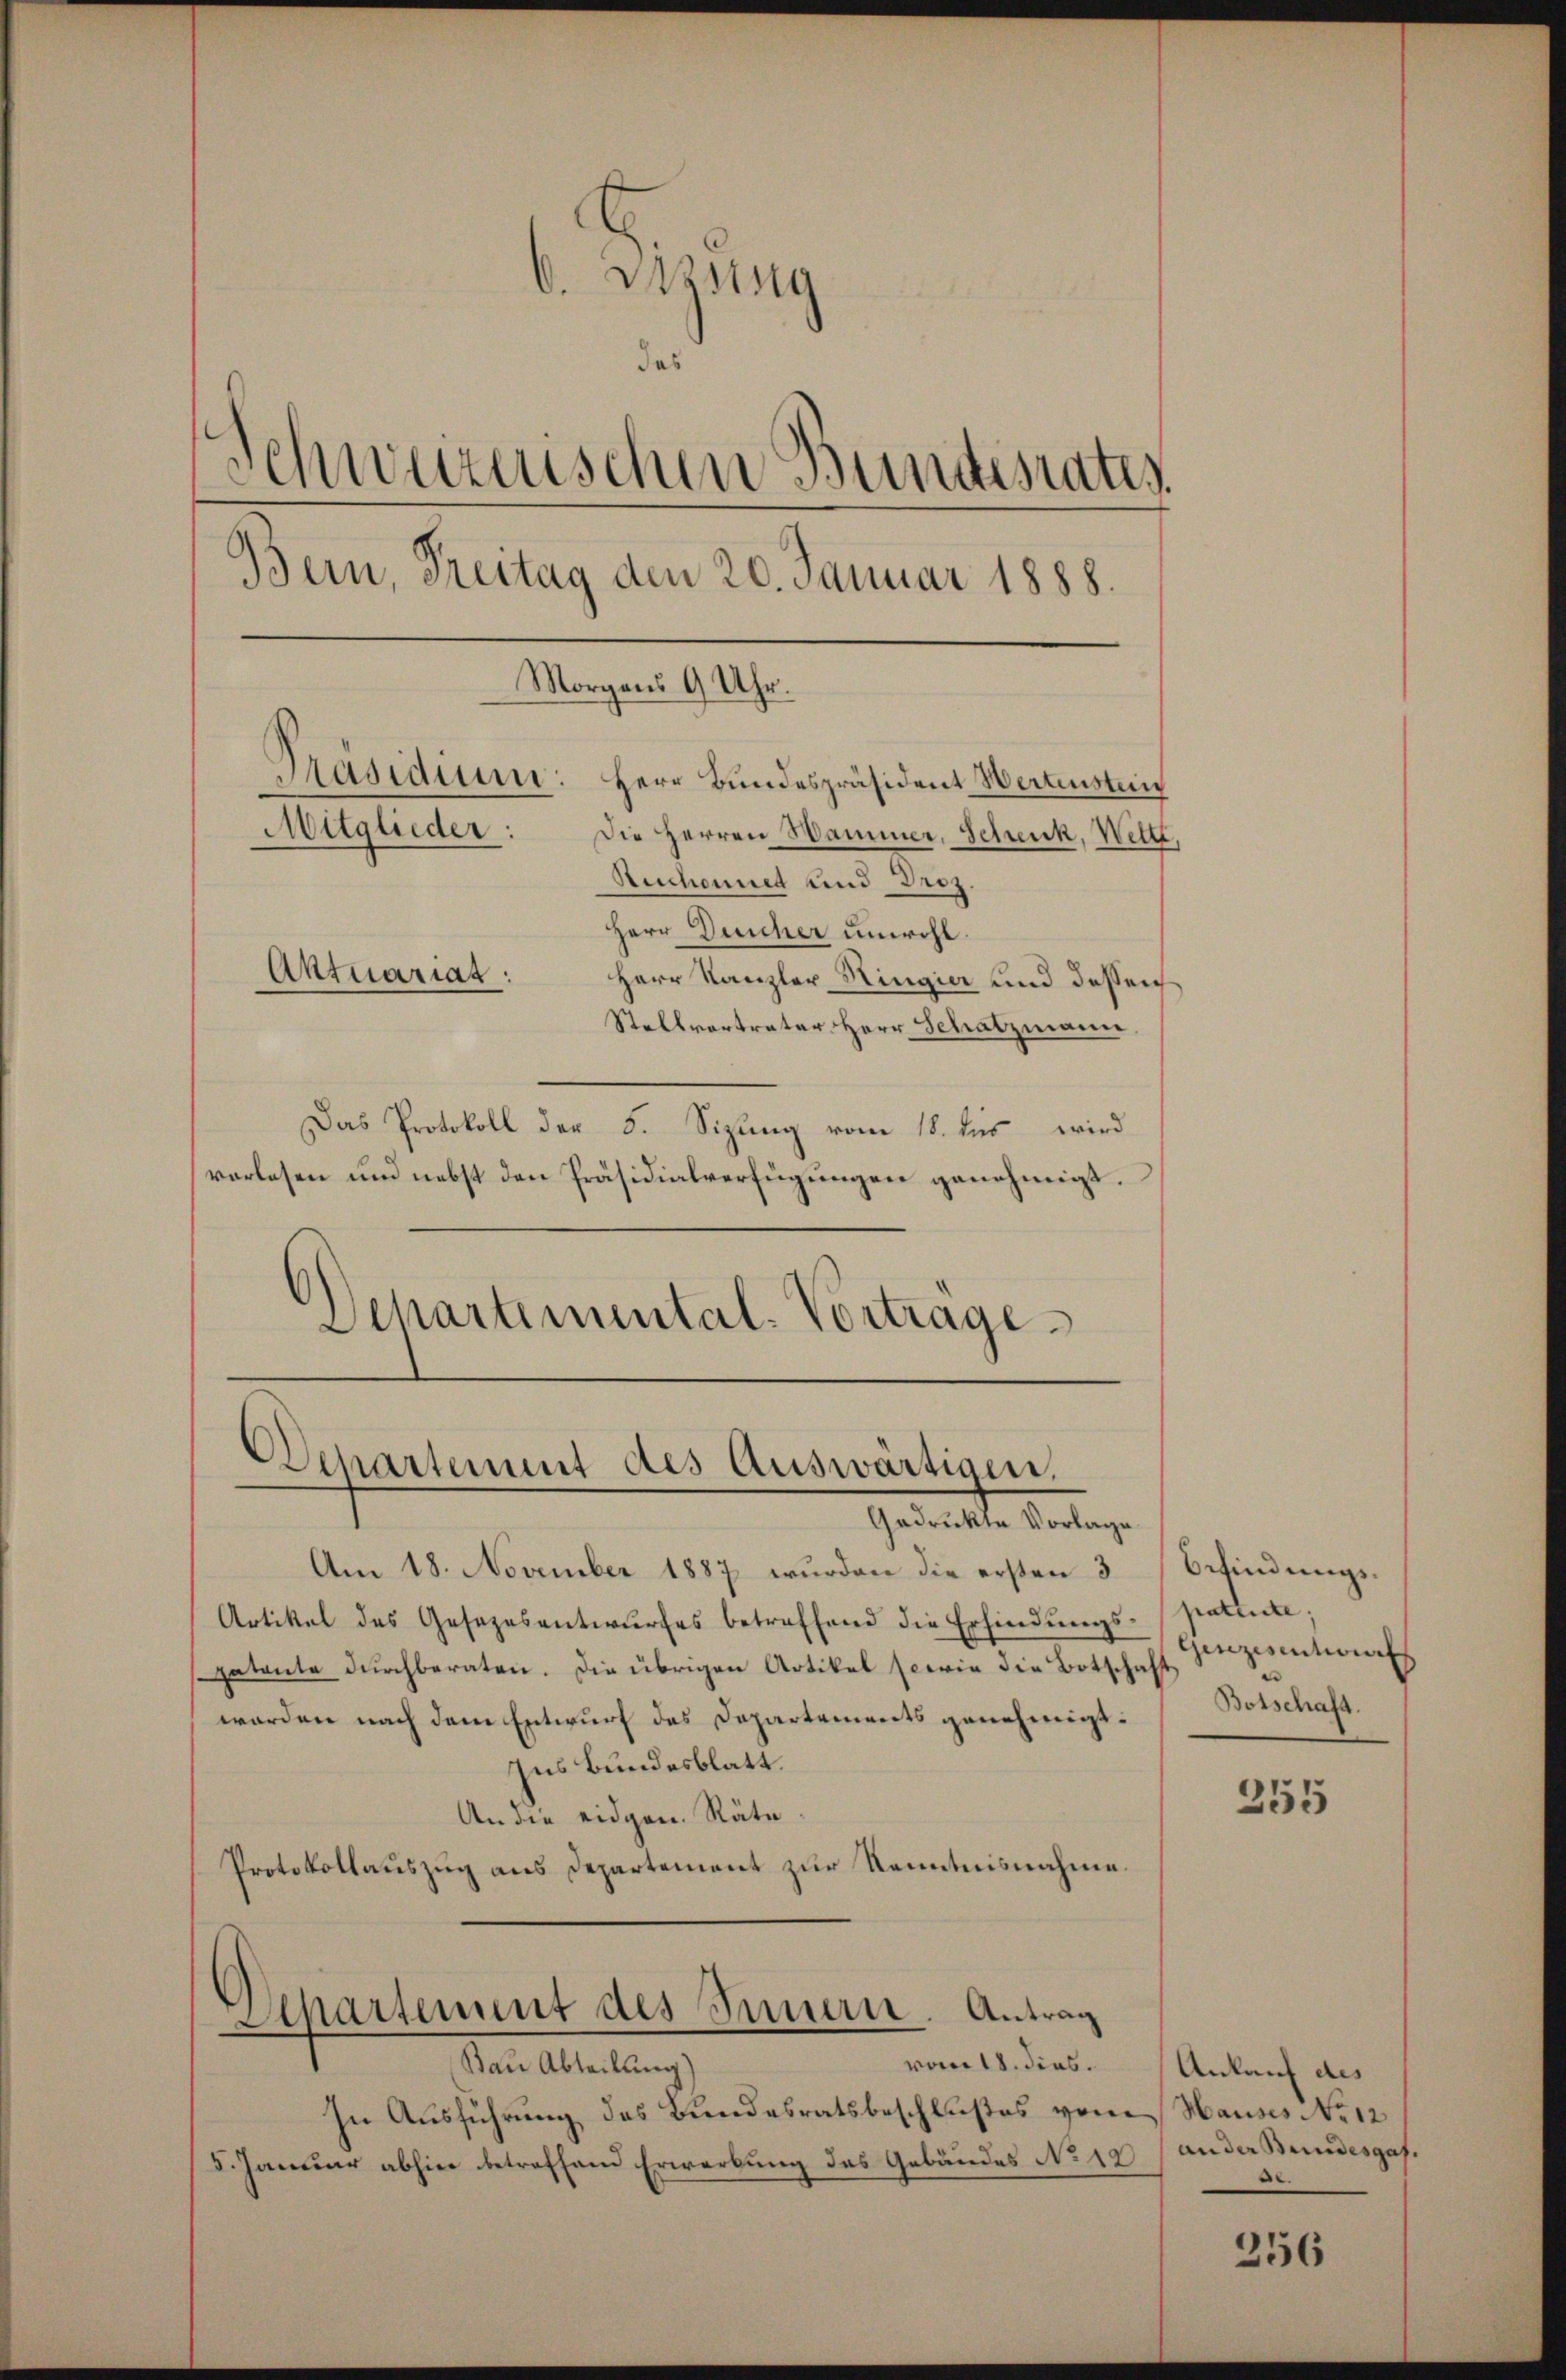
6. Aussag
de
Schweizerischen Bundesrates.
Bern, Freitag den 20. Januar 1888.
Morgens 9 Uhr.
Präsidium: Herr Bundespräsident Wertensten
Mitglieder:
Die Herren Hammer. Schenk, Wette,
Stechennet und Droz.
Herr Durcher unwohl.
Aktuariat:
Herr Kanzler Ringier und dessen
Stellvertreter Herr Schatzmann,

Das Protokoll der 5. Sizung vom 18. des wird
vorlesen und nebst den Präsidialverfügungen genehmigt.
Departimental-Vortrage

Am 18. November 1887 wurden die ersten 3 Befindungs¬
Artikel des Gesezesentwurfes betreffend die Erfindungs- patente;
gatante durchberaten. Die übrigen Artikel sowie die Botschaft
worden nach dem Entwurf des Departements genehmigt.
Ins Bundesblatt.
An die eidgen. Räte
Protokollauszug aus Departement zur Kenntnisnahme.

In Ausführung des Bundesratsbeschlußes vom
5. Januar abhier betreffend Erwerbung des Gebäudes No 19

Departement des Auswärtigen.
Gedrückte Vorlage

Departement des Innern. Antrag
vom 18. dies.
Bau Abteilung)

Gerzesentwurf
Botschaft.

255

Ankauf des
Hauses No 12
an der Bundesges.
.

256